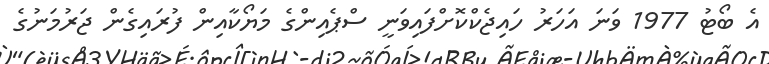
އެ ބޯޓު 1977 ވަނަ އަހަރު ހައިޖެކްކޮށްފައިވަނީ ސްޕެއިންގެ މަޔޯކާއިން ފުރައިގެން ޖަރުމަނުގެ